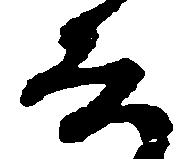
な